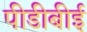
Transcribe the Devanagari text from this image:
पीडीबीई